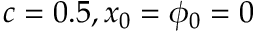
c = 0 . 5 , x _ { 0 } = \phi _ { 0 } = 0